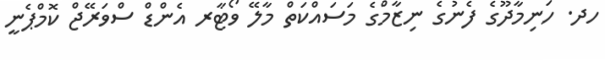
ހދ. ހަނިމާދޫގެ ފެނުގެ ނިޒާމްގެ މަސައްކަތް މާލޭ ވޯޓާރ އެންޑް ސްވަރޭޖް ކޮމްޕެނީ